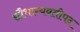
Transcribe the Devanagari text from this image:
सौभाग्यवतीपद